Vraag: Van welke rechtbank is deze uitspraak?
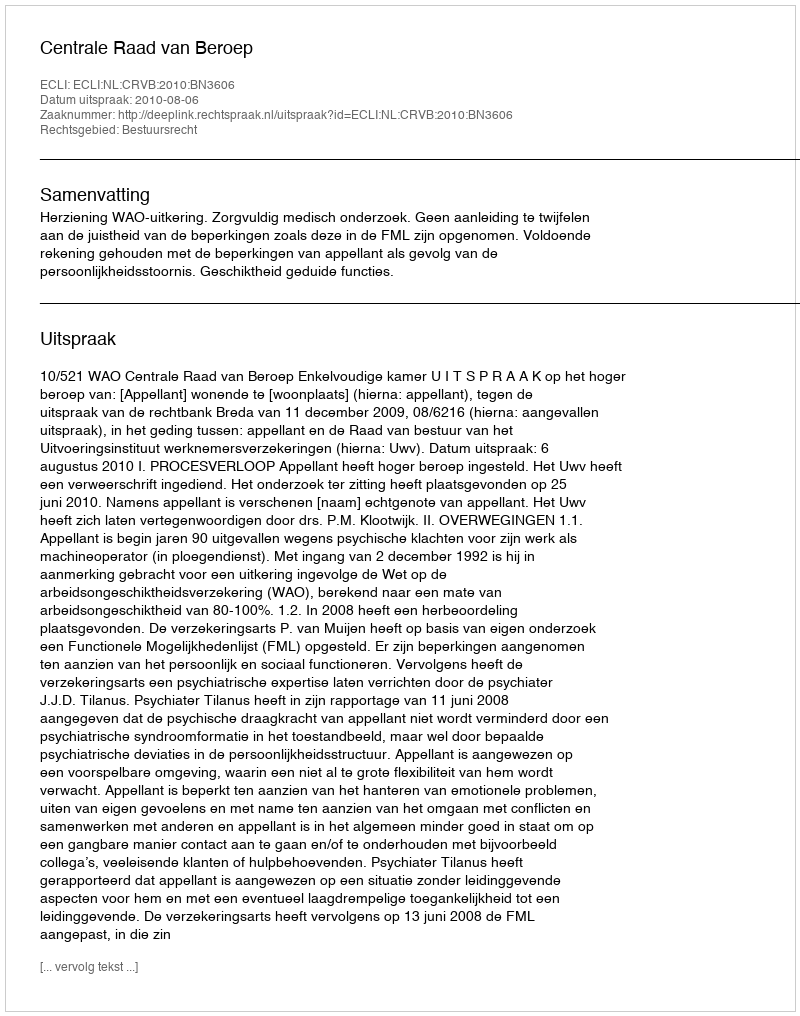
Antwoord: Centrale Raad van Beroep